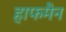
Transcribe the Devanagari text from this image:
हाफमैन